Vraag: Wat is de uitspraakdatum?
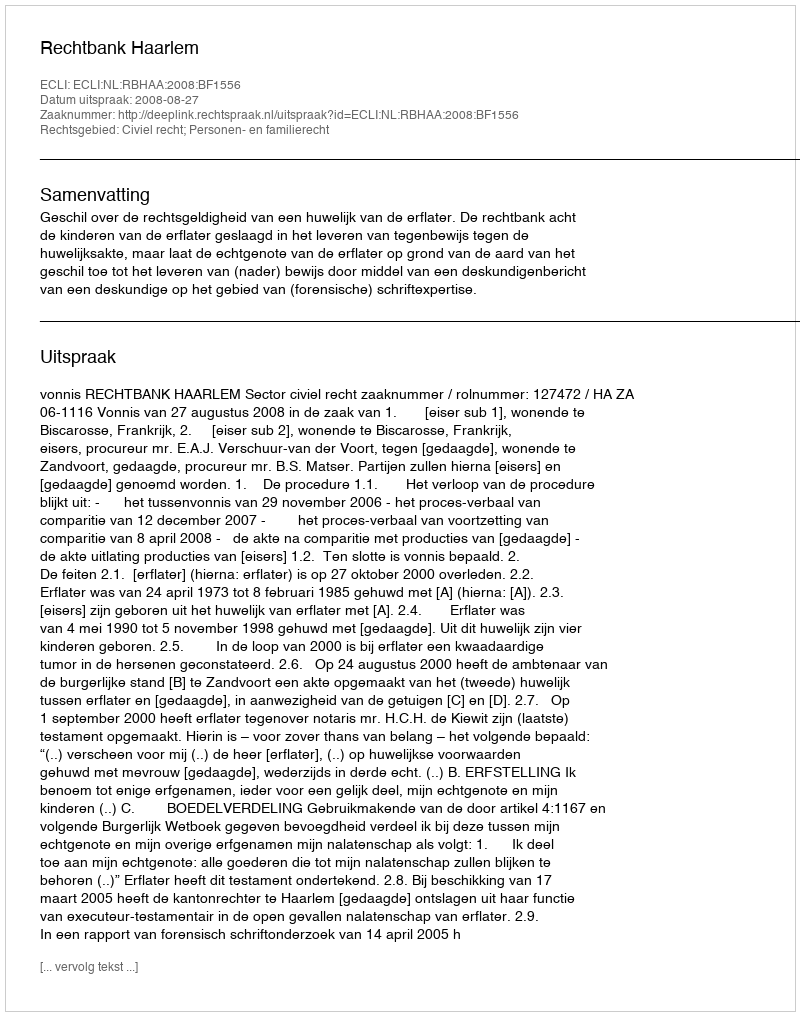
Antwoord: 2008-08-27